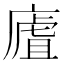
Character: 㢒